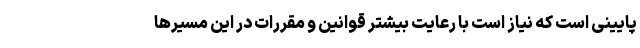
پایینی است که نیاز است با رعایت بیشتر قوانین و مقررات در این مسیرها